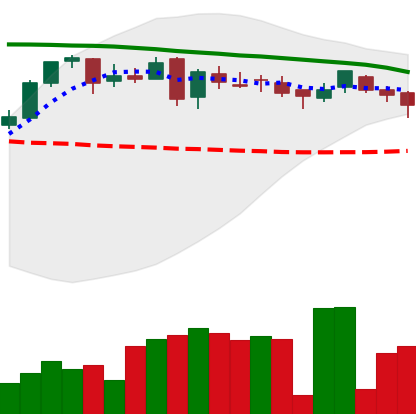
Ticker: DOGE-USD
Chart end date: 2018-05-06
Forward return: -12.233%
Label: down_7plus